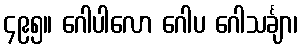
၄၉၅။ ဂေါပါလော ဂေါပ ဂေါသင်္ချာ၊